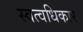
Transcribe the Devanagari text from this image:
स्वत्वधिकार